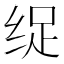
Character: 𮉩